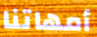
أمهاتنا